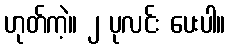
ဟုတ်ကဲ့။ ၂ ပုလင်း ပေးပါ။